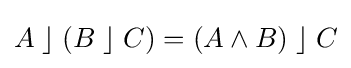
A\;\rfloor \;(B\;\rfloor \;C)=(A\wedge B)\;\rfloor \;C